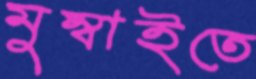
মুম্বাইতে